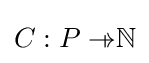
C:P\rightarrow \!\!\!\shortmid \mathbb {N}